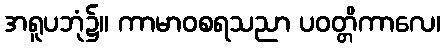
အရူပဘုံ၌။ ကာမာဝစရသညာ ပဝတ္တိကာလေ၊